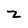
Character: Z